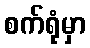
စက်ရုံမှာ